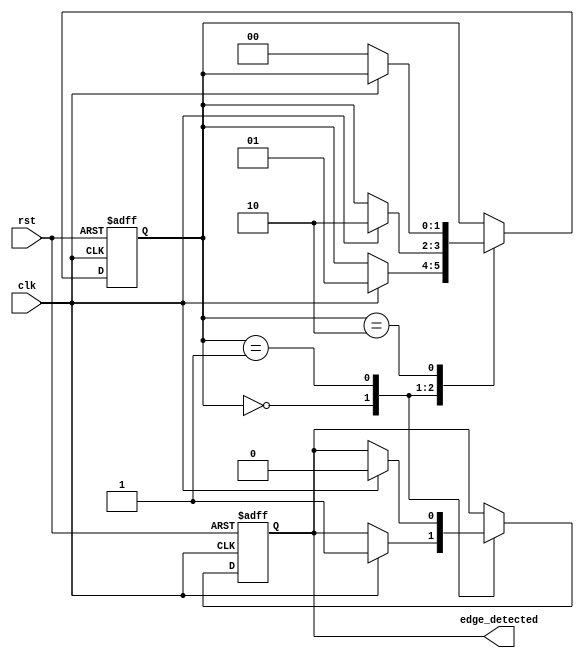
module rising_edge_detector (
    input wire clk,             // Input signal
    input wire rst,             // Asynchronous reset
    output reg edge_detected    // Output pulse for rising edge detection
);

    reg [1:0] state;           // State variable to hold current and previous states

    // State encoding
    localparam LOW = 2'b00;    // Both previous and current states are low
    localparam RISING = 2'b01;  // Previous state low, current state high
    localparam HIGH = 2'b10;    // Both previous and current states are high

    // Initialize the state variable
    initial begin
        state = LOW;
        edge_detected = 0;
    end

    always @(posedge clk or posedge rst) begin
        if (rst) begin
            // Reset the state and output
            state <= LOW;
            edge_detected <= 0;
        end else begin
            // State machine for edge detection
            case (state)
                LOW: begin
                    if (clk) begin
                        edge_detected <= 1; // Rising edge detected
                        state <= RISING;    // Move to rising state
                    end
                end
                RISING: begin
                    if (clk) begin
                        edge_detected <= 0; // Clear the pulse
                        state <= HIGH;      // Move to high state
                    end
                end
                HIGH: begin
                    if (!clk) begin
                        state <= LOW;       // Return to low state
                    end
                end
            endcase
        end
    end
endmodule